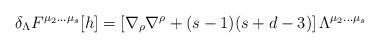
LaTeX: \begin{align*}\delta_{\Lambda}F^{\mu_2\ldots\mu_s}[h]=\left[\nabla_{\rho}\nabla^{\rho}+(s-1)(s+d-3)\right]\Lambda^{\mu_2\ldots\mu_s}\end{align*}